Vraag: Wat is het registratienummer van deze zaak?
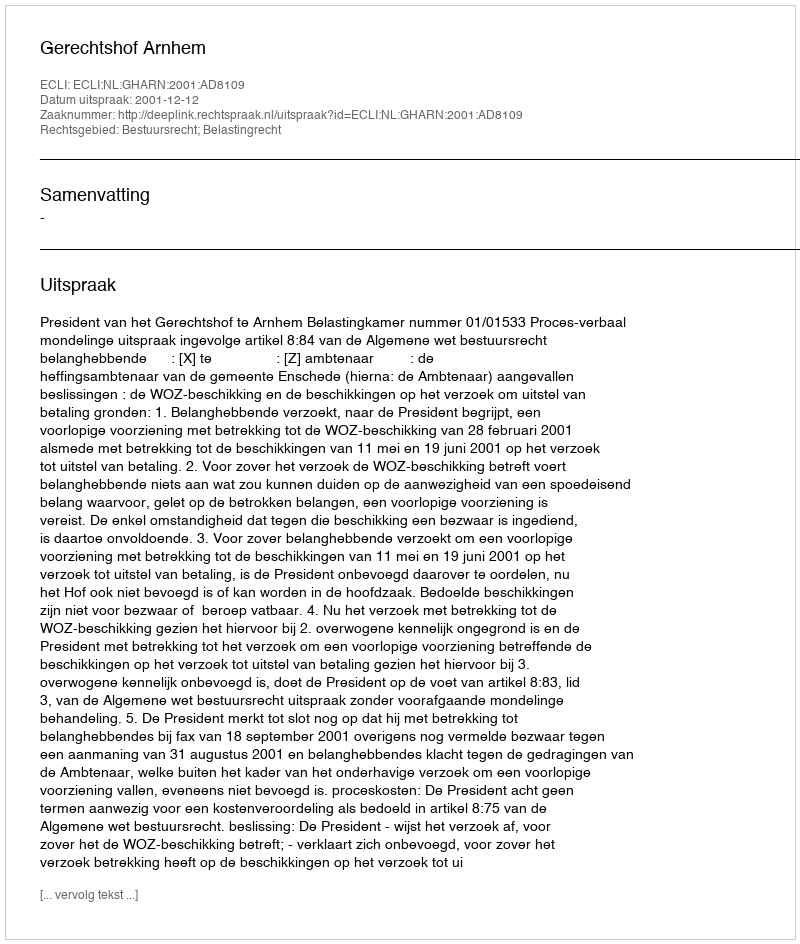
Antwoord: http://deeplink.rechtspraak.nl/uitspraak?id=ECLI:NL:GHARN:2001:AD8109